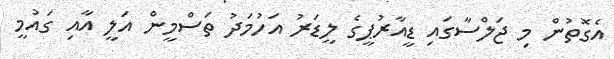
އެގޮތުން މި ޖަލްސާގައި ޑީއާރުޕީގެ ލީޑަރު އަހުމަދު ތަސްމީން އަލީ އާއި ގައުމީ